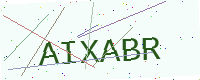
Text: AIXABR